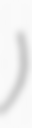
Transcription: مج)